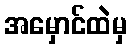
အမှောင်ထဲမှ